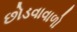
છોડવાવાળો